Insane asylums in Bengal annual reports 1876-1887 - 1876-1887
Year: 1876
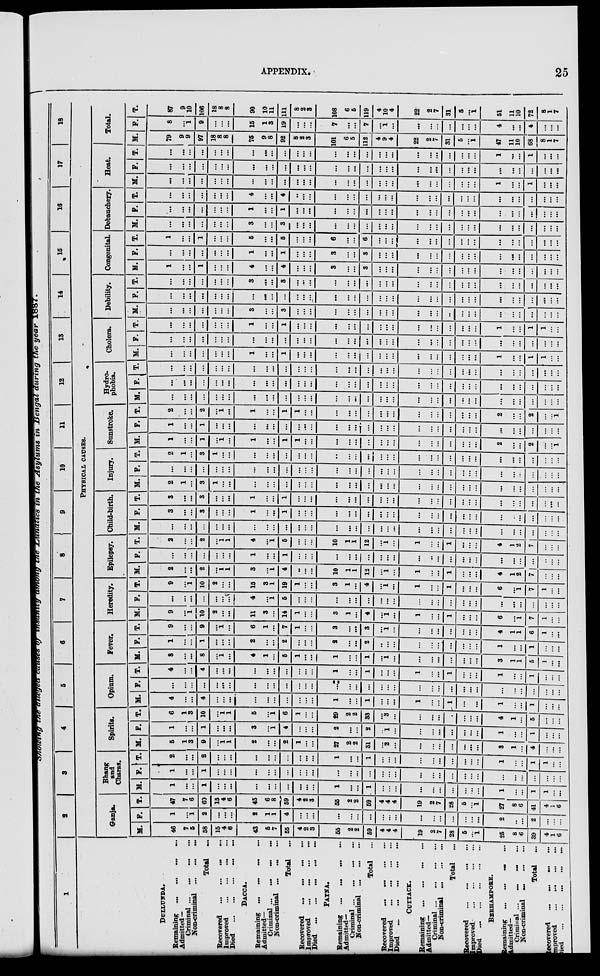
APPENDIX.
25
Showing the alleged causes of insanity among the Lunatics in the Asylums in Bengal during the year 1887.
1
DULLUNDA.
Remaining ... ... ... ...
Admitted —
Criminal ... ... ... ...
Non-criminal
...
...
...
Total
...
Recovered
...
...
...
...
Improved
...
...
...
...
Died
...
...
...
...
...
DACCA.
Remaining ... ... ... ...
Admitted—
Criminal
...
...
...
...
Non-criminal ... ... ...
Total
...
Recovered
...
...
...
...
Improved
...
...
...
...
Died
...
...
...
...
...
PATNA.
Remaining
...
...
...
...
Admitted—
Criminal ... ... ... ...
Non-criminal
...
...
...
Total ...
Recovered ... ... ... ...
Improved
...
...
...
...
Died
...
...
...
...
...
CUTTACK.
Remaining
...
...
...
...
Admitted—
Criminal
...
...
...
...
Non-criminal
...
...
...
Total
...
Recovered
...
...
...
...
Improved
...
...
...
...
Died
...
...
...
...
...
BERHAMPORE.
Remaining ... ... ... ...
Admitted—
Criminal ... ... ... ...
Non-criminal
...
...
...
Total
...
Recovered ... ... ... ...
Improved
...
...
...
...
Died
...
...
...
...
...
2
3
4
5
6
7
8
9
10
11
12
13
14
15
16
17
18
PHYSICAL CAUSES.
Ganja.
M.
46
7
5
58
15
4
6
43
5
7
55
4
2
3
55
2
2
59
4
4
4
19
2
7
28
5
...
1
25
8
6
39
4
1
6
F.
1
...
1
2
...
...
...
2
1
1
4
...
...
...
...
...
...
...
...
...
...
...
...
...
...
...
...
...
2
...
...
2
...
...
...
T.
47
7
6
60
15
4
6
45
6
8
59
4
2
3
55
2
2
59
4
4
4
19
2
7
28
5
...
1
27
8
6
41
4
1
6
Bhang
and
Charas.
M.
1
...
...
1
...
...
...
...
...
...
...
...
...
...
1
...
...
1
...
...
...
...
...
...
...
...
...
...
1
...
...
1
1
...
...
F.
1
...
...
1
...
...
...
...
...
...
...
...
...
...
...
...
...
...
...
...
...
...
...
...
...
...
...
...
...
...
...
...
...
...
...
T.
2
...
...
2
...
...
...
...
...
...
...
...
...
...
1
...
...
1
...
...
...
...
...
...
...
...
...
...
1
...
...
1
1
...
...
Spirits.
M.
5
1
3
9
...
1
1
2
...
...
2
1
...
...
27
2
2
31
...
2
...
...
...
...
...
...
...
...
3
1
...
4
...
...
...
F.
1
...
...
1
...
...
...
3
...
1
4
...
...
...
2
...
...
2
...
1
...
...
...
...
...
...
...
...
1
...
...
1
...
...
...
T.
6
1
3
10
...
1
1
5
...
1
6
1
...
...
29
2
2
33
...
3
...
...
...
...
...
...
...
...
4
1
...
5
...
...
...
Opium.
M.
4
...
...
4
...
...
...
...
...
...
...
...
...
...
1
...
...
1
...
...
...
1
...
...
1
...
...
...
1
...
...
1
...
...
...
F.
...
...
...
...
...
...
...
...
...
...
...
...
...
...
...
...
...
...
...
...
...
...
...
...
...
...
...
...
...
...
...
...
...
...
...
T.
4
...
...
4
...
...
...
...
...
...
...
...
...
...
1
...
...
1
...
...
...
1
...
...
1
...
...
...
1
...
...
1
...
...
...
Fever.
M.
8
...
...
8
...
1
...
4
1
...
5
1
...
...
1
...
...
1
...
1
...
...
...
...
...
...
...
...
3
1
1
5
1
...
...
F.
1
...
...
1
...
...
...
2
...
...
2
...
...
...
2
...
...
2
...
...
...
...
...
...
...
...
...
...
1
...
...
1
...
...
...
T.
9
...
...
9
...
1
...
6
1
...
7
1
...
...
3
...
...
3
...
1
...
...
...
...
...
...
...
...
4
1
1
6
1
...
...
Heredity.
M.
9
...
1
10
2
...
...
11
3
...
14
1
...
...
3
1
...
4
...
1
...
1
...
...
1
...
...
...
6
...
1
7
1
...
...
F .
...
...
...
...
...
...
...
4
...
1
5
...
...
...
...
...
...
...
...
...
...
...
...
...
...
...
...
...
...
...
...
...
...
...
...
T.
9
...
1
10
2
...
...
15
3
1
19
1
...
...
3
1
...
4
...
1
...
1
...
...
1
...
...
...
6
...
1
7
1
...
...
Epilepsy.
M.
2
...
...
2
...
1
1
3
...
1
4
...
...
...
10
1
1
12
...
1
...
1
...
...
1
...
...
...
4
1
2
7
...
...
...
F.
...
...
...
...
...
...
...
1
...
...
1
...
...
...
...
...
...
...
...
...
...
...
...
...
...
...
...
...
...
...
...
...
...
...
...
T.
2
...
...
2
...
1
1
4
...
1
5
...
...
...
10
1
1
12
...
1
...
1
...
...
1
...
...
...
4
1
2
7
...
...
...
Child-birth.
M.
...
...
...
...
...
...
...
...
...
...
...
...
...
...
...
...
...
...
...
...
...
...
...
...
...
...
...
...
...
...
...
...
...
...
...
F.
3
...
...
3
...
...
...
1
...
...
1
...
...
...
...
...
...
...
...
...
...
...
...
...
...
...
...
...
...
...
...
...
...
...
...
T.
3
...
...
3
...
...
...
1
...
...
1
...
...
...
...
...
...
...
...
...
...
...
...
...
...
...
...
...
...
...
...
...
...
...
...
Injury.
M.
2
1
...
3
1
...
...
...
...
...
...
...
...
...
...
...
...
...
...
...
...
...
...
...
...
...
...
...
...
...
...
...
...
...
...
F.
...
...
...
...
...
...
...
...
...
...
...
...
...
...
...
...
...
...
...
...
...
...
...
...
...
...
...
...
...
...
...
...
...
...
...
T.
2
1
...
3
1
...
...
...
...
...
...
...
...
...
...
...
...
...
...
...
...
...
...
...
...
...
...
...
...
...
...
...
...
...
...
Sunstroke.
M.
1
...
...
1
...
1
...
1
...
...
1
1
...
...
...
...
...
...
...
...
...
...
...
...
...
...
...
...
2
...
...
2
...
...
1
F.
1
...
...
1
...
...
...
...
...
...
...
...
...
...
...
...
...
...
...
...
...
...
...
...
...
...
...
...
...
...
...
...
...
...
...
T.
2
...
...
2
...
1
...
1
...
...
1
1
...
...
...
...
...
...
...
...
...
...
...
...
...
...
...
...
2
...
...
2
...
...
1
Hydro-
phobia.
M.
...
...
...
...
...
...
...
...
...
...
...
...
...
...
...
...
...
...
...
...
...
...
...
...
...
...
...
...
...
...
...
...
...
...
...
F.
...
...
...
...
...
...
...
...
...
...
...
...
...
...
...
...
...
...
...
...
...
...
...
...
...
...
...
...
...
...
...
...
...
...
...
T.
...
...
...
...
...
...
...
...
...
...
...
...
...
...
...
...
...
...
...
...
...
...
...
...
...
...
...
...
...
...
...
...
...
...
...
Cholera.
M.
...
...
...
...
...
...
...
1
...
...
1
...
...
...
...
...
...
...
...
...
...
...
...
...
...
...
...
...
1
...
...
1
1
...
...
F.
...
...
...
...
...
...
...
...
...
...
...
...
...
...
...
...
...
...
...
...
...
...
...
...
...
...
...
...
...
...
...
...
...
...
...
T.
...
...
...
...
...
...
...
1
...
...
1
...
...
...
...
...
...
...
...
...
...
...
...
...
...
...
...
...
1
...
...
1
1
...
...
Debility.
M.
...
...
...
...
...
...
...
3
...
...
3
...
...
...
...
...
...
...
...
...
...
...
...
...
...
...
...
...
...
...
...
...
...
...
...
F.
...
...
...
...
...
...
...
...
...
...
...
...
...
...
...
...
...
...
...
...
...
...
...
...
...
...
...
...
...
...
...
...
...
...
...
T.
...
...
...
...
...
...
...
3
...
...
3
...
...
...
...
...
...
...
...
...
...
...
...
...
...
...
...
...
...
...
...
...
...
...
...
Congenital.
M.
1
...
...
1
...
...
...
4
...
...
4
...
...
...
3
...
...
3
...
...
...
...
...
...
...
...
...
...
...
...
...
...
...
...
...
F.
...
...
...
...
...
...
...
1
...
...
1
...
...
...
3
...
...
3
...
...
...
...
...
...
...
...
...
...
...
...
...
...
...
...
...
T.
1
...
...
1
...
...
...
5
...
...
5
...
...
...
6
...
...
6
...
...
...
...
...
...
...
...
...
...
...
...
...
...
...
...
...
Debauchery
M.
...
...
...
...
...
...
...
3
...
...
3
...
...
...
...
...
...
...
...
...
...
...
...
...
...
...
...
...
...
...
...
...
...
...
...
F.
...
...
...
...
...
...
...
1
...
...
1
...
...
...
...
...
...
...
...
...
...
...
...
...
...
...
...
...
...
...
...
...
...
...
...
T.
...
...
...
...
...
...
...
4
...
...
4
...
...
...
...
...
...
...
...
...
...
...
...
...
...
...
...
...
...
...
...
...
...
...
...
Heat.
M.
...
...
...
...
...
...
...
...
...
...
...
...
...
...
...
...
...
...
...
...
...
...
...
...
...
...
...
...
1
...
...
1
...
...
...
F.
...
...
...
...
...
...
...
...
...
...
...
...
...
...
...
...
...
...
...
...
...
...
...
...
...
...
...
...
...
...
...
...
...
...
...
T.
...
...
...
...
...
...
...
...
...
...
...
...
...
...
...
...
...
...
...
...
...
...
...
...
...
...
...
...
1
...
...
1
...
...
...
Total.
M.
79
9
9
97
18
8
8
75
9
8
92
8
2
3
101
6
5
112
4
9
4
22
2
7
31
5
...
1
47
11
10
68
8
1
7
F.
8
...
1
9
...
...
...
15
1
3
19
...
...
...
7
...
...
7
...
1
...
...
...
...
...
...
...
...
4
...
...
4
...
...
...
T.
87
9
10
106
18
8
8
90
10
11
111
8
2
3
108
6
5
119
4
10
4
22
2
7
31
5
...
1
51
11
10
72
8
1
7